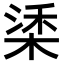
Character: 𣓮